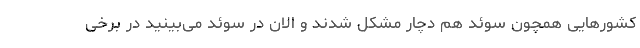
کشورهایی همچون سوئد هم دچار مشکل شدند و الان در سوئد می‌بینید در برخی